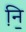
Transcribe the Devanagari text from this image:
नि़॒